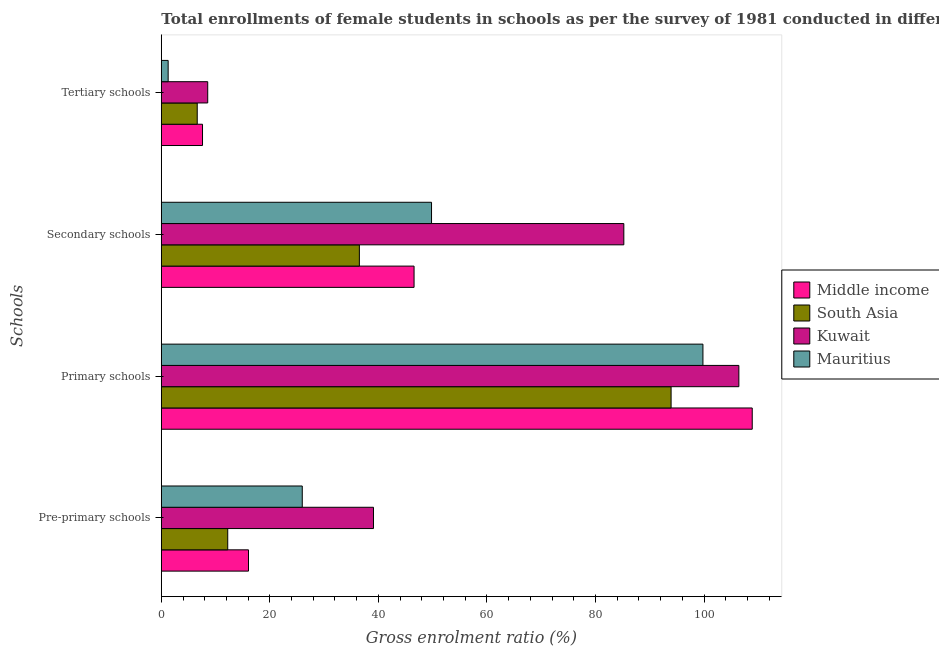
| Schools | Middle income | South Asia | Kuwait | Mauritius |
 | --- | --- | --- | --- | --- |
 | Pre-primary schools | 16.1 | 12.2 | 39.1 | 26 |
 | Primary schools | 109 | 93.9 | 106 | 99.8 |
 | Secondary schools | 46.6 | 36.5 | 85.2 | 49.8 |
 | Tertiary schools | 7.59 | 6.62 | 8.55 | 1.26 |